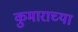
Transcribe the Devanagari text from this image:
कुमाराच्या